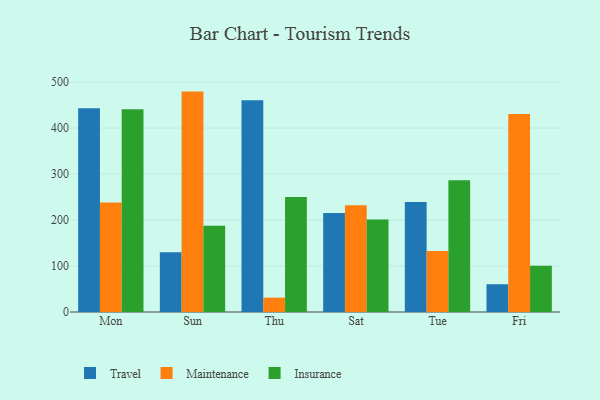
{"axis": {"x": "Day", "y": "Backlog"}, "legend": ["Insurance", "Maintenance", "Travel"], "data": [{"x": "Mon", "y": 443.3, "type": "Travel"}, {"x": "Mon", "y": 238.3, "type": "Maintenance"}, {"x": "Mon", "y": 441.0, "type": "Insurance"}, {"x": "Sun", "y": 129.8, "type": "Travel"}, {"x": "Sun", "y": 479.3, "type": "Maintenance"}, {"x": "Sun", "y": 187.4, "type": "Insurance"}, {"x": "Thu", "y": 460.5, "type": "Travel"}, {"x": "Thu", "y": 31.2, "type": "Maintenance"}, {"x": "Thu", "y": 250.2, "type": "Insurance"}, {"x": "Sat", "y": 215.4, "type": "Travel"}, {"x": "Sat", "y": 232.3, "type": "Maintenance"}, {"x": "Sat", "y": 200.9, "type": "Insurance"}, {"x": "Tue", "y": 239.1, "type": "Travel"}, {"x": "Tue", "y": 132.4, "type": "Maintenance"}, {"x": "Tue", "y": 286.7, "type": "Insurance"}, {"x": "Fri", "y": 60.4, "type": "Travel"}, {"x": "Fri", "y": 430.5, "type": "Maintenance"}, {"x": "Fri", "y": 100.4, "type": "Insurance"}]}